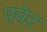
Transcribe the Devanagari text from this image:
पपेर